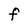
Character: F